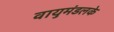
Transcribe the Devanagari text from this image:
वायुमंडलके